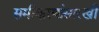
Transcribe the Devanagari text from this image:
समीकरणांसारखी